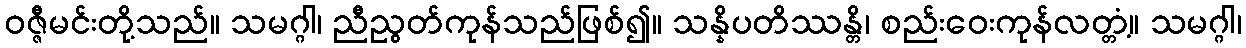
ဝဇ္ဇီမင်းတို့သည်။ သမဂ္ဂါ၊ ညီညွတ်ကုန်သည်ဖြစ်၍။ သန္နိပတိဿန္တိ၊ စည်းဝေးကုန်လတ္တံ့။ သမဂ္ဂါ၊